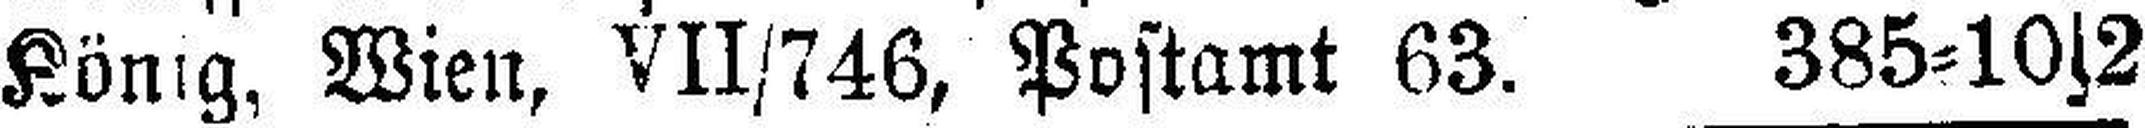
König, Wien, VII/746, Postamt 63. 385=10s2